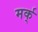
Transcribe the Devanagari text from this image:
मर्क्